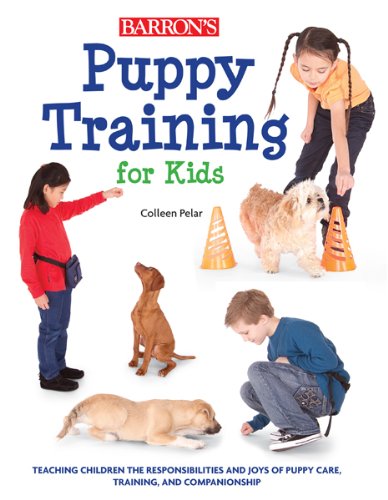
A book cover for Puppy Training for Kids: Teaching Children the Responsibilities and Joys of Puppy Care, Training, and Companionship; Colleen Pelar; Crafts, Hobbies & Home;